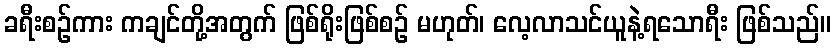
ခရီးစဉ်ကား ကချင်တို့အတွက် ဖြစ်ရိုးဖြစ်စဉ် မဟုတ်၊ လေ့လာသင်ယူနဲ့ရသောရီး ဖြစ်သည်။